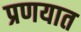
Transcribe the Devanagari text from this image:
प्रणयात